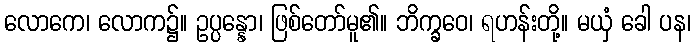
လောကေ၊ လောက၌။ ဥပ္ပန္နော၊ ဖြစ်တော်မူ၏။ ဘိက္ခဝေ၊ ရဟန်းတို့။ မယှံ ခေါ ပန၊